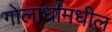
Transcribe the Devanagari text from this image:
गोलार्धांमधील